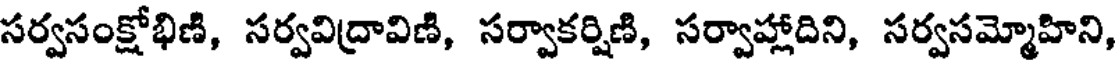
సర్వసంక్షోభిణి, సర్వవిద్రావిణి, సర్వాకర్షిణి, సర్వాహ్లాదిని, సర్వసమ్మోహిని,